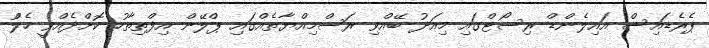
ޕެރެޑައިސް އައިލެންޑް ރިސޯޓްގައި މިއަދު ބޭއްވި ރަސްމިއްޔާތެއްގައި ޕްލޭން އިފްތިތާހު ކޮށްދެއްވީ ހެލްު